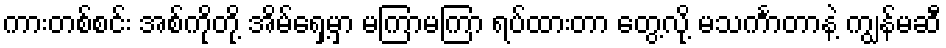
ကားတစ်စင်း အစ်ကိုတို့ အိမ်ရှေ့မှာ မကြာမကြာ ရပ်ထားတာ တွေ့လို့ မသင်္ကာတာနဲ့ ကျွန်မဆီ